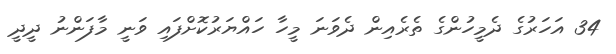
34 އަހަރުގެ ދެމީހުންގެ ތެރެއިން ދެވަނަ މީހާ ހައްޔަރުކޮށްފައި ވަނީ މާފަންނު ދީދީ